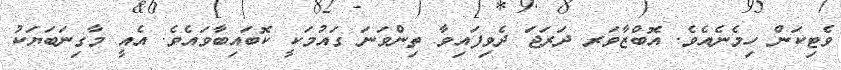
ވެޓިކަން ހިމެނެއެވެ. އޮބްޒާވަރ ދަރަޖަ ދެވިފައިވާ ތިންވަނަ ގައުމަކީ ކޮބައިބާވައެވެ. އެއީ މާގިނަބަޔަކު